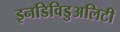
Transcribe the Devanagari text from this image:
इनडिविडुअलिटी